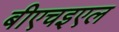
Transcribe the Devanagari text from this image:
बीएचइएल